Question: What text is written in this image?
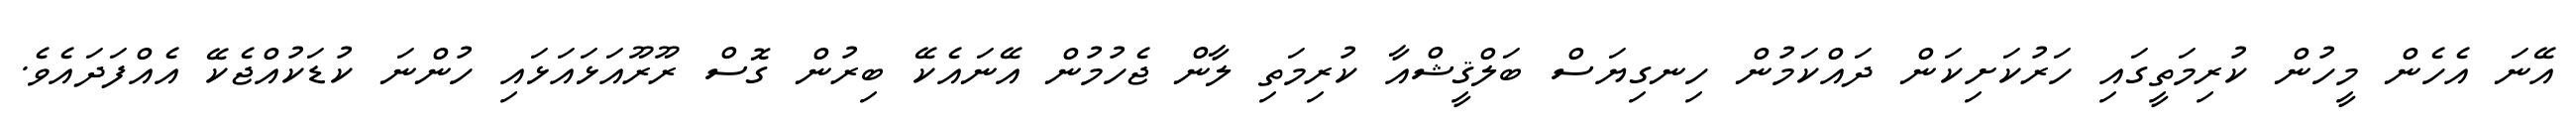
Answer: އޭނަ އެހެން މީހުން ކުރިމަތީގައި ހަރުކަށިކަން ދައްކަމުން ހިނގިޔަސް ބަލްޤީޝްއާ ކުރިމަތި ލާން ޖެހުމުން އޭނައެކޭ ބިރުން ގޮސް ރޫރޫއަޅައަޅައި ހުންނަ ކުޑަކުއްޖެކޭ އެއްފަދައެވެ.